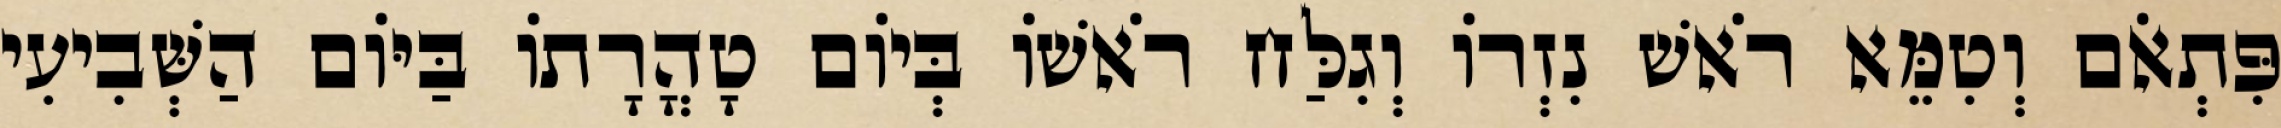
פִּתְאֹם וְטִמֵּא רֹאשׁ נִזְרוֹ וְגִלַּח רֹאשׁוֹ בְּיוֹם טָהֳרָתוֹ בַּיּוֹם הַשְּׁבִיעִי